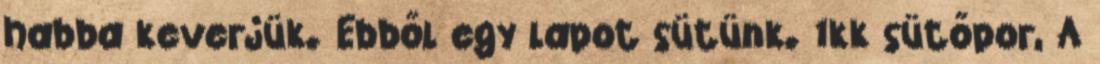
habba keverjük. Ebből egy lapot sütünk. 1kk sütőpor, A